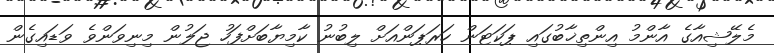
މެލޭޝިއާގެ އާންމު އިންތިޚާބުގައި ޕަކަޓަން ހަރަޕަންއަށް ލިބުނު ކާމިޔާބަށްފަހު ޖަލުން މިނިވަންވެ ވަޑައިގެން